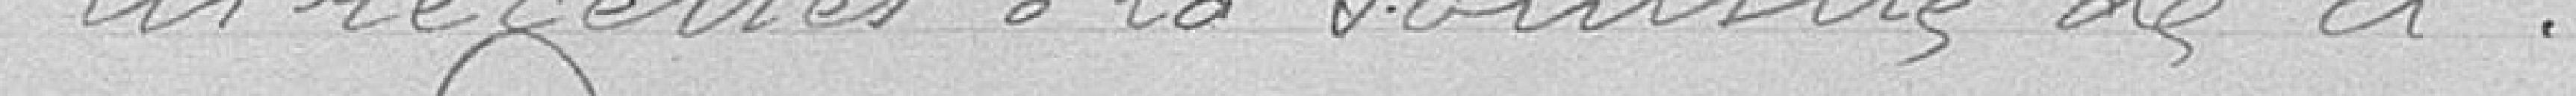
les recettes à la somme de ci......